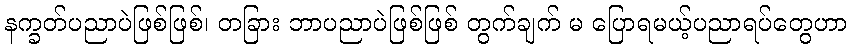
နက္ခတ်ပညာပဲဖြစ်ဖြစ်၊ တခြား ဘာပညာပဲဖြစ်ဖြစ် တွက်ချက် မ ပြောရမယ့်ပညာရပ်တွေဟာ